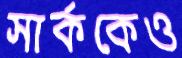
সার্ককেও